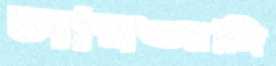
সারওয়াঙ্গি